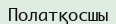
Полатқосшы